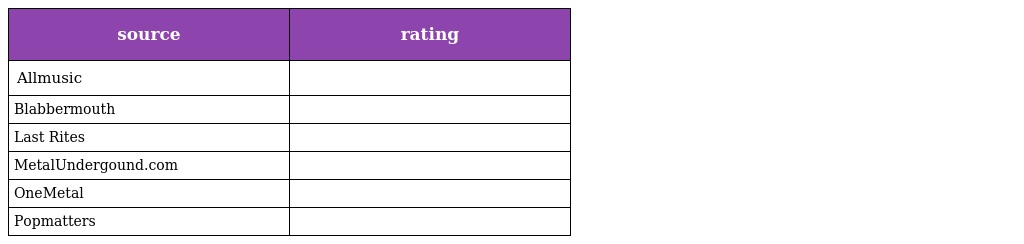
| source | rating |
 | --- | --- |
 | Allmusic |  |
 | Blabbermouth |  |
 | Last Rites |  |
 | MetalUndergound.com |  |
 | OneMetal |  |
 | Popmatters |  |